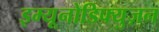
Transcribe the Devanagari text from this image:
इम्यूनोडिफ्युज़न